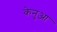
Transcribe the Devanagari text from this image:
केनुआ